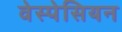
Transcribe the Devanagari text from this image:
वेस्पेसियन